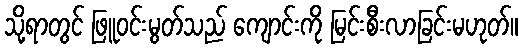
သို့ရာတွင် ဖြူဝင်းမွတ်သည် ကျောင်းကို မြင်းစီးလာခြင်းမဟုတ်။